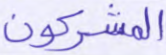
المشركون